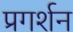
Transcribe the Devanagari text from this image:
प्रगर्शन